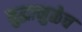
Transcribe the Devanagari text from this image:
युद्धामुळेच